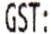
GST: